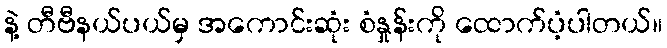
နဲ့ တီဗီနယ်ပယ်မှ အကောင်းဆုံး စံနှုန်းကို ထောက်ပံ့ပါတယ်။